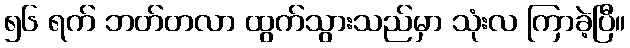
၅၆ ရက် ဘတ်တလာ ထွက်သွားသည်မှာ သုံးလ ကြာခဲ့ပြီ။